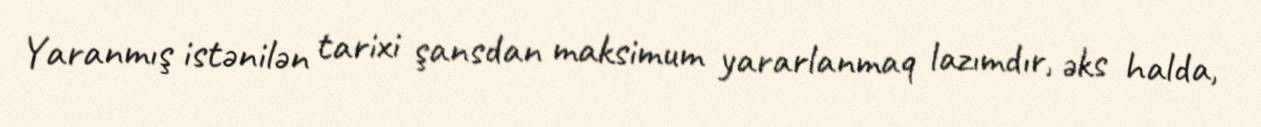
Yaranmış istənilən tarixi şansdan maksimum yararlanmaq lazımdır, əks halda,